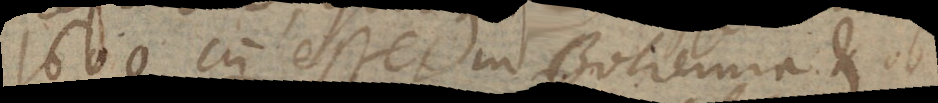
1600 cum esset in Bohemia et ob